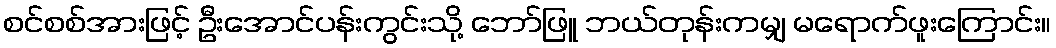
စင်စစ်အားဖြင့် ဦးအောင်ပန်းကွင်းသို့ ဘော်ဖြူ ဘယ်တုန်းကမျှ မရောက်ဖူးကြောင်း။